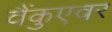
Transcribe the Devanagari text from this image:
वैंकुएवर